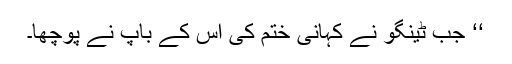
‘‘ جب ٹینگو نے کہانی ختم کی اس کے باپ نے پوچھا۔